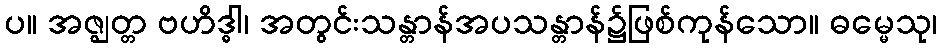
ပ။ အဇ္ဈတ္တ ဗဟိဒ္ဓါ၊ အတွင်းသန္တာန်အပသန္တာန်၌ဖြစ်ကုန်သော။ ဓမ္မေသု၊